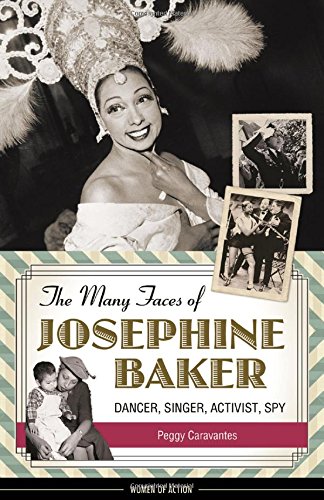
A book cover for The Many Faces of Josephine Baker: Dancer, Singer, Activist, Spy (Women of Action); Peggy Caravantes; Teen & Young Adult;